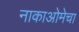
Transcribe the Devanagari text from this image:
नाकाओमेचा